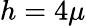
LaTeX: h=4\mu